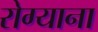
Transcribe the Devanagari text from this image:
रोग्याना